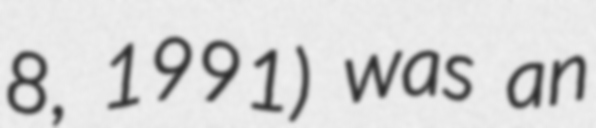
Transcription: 8, 1991) was an